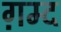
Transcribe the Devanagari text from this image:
ग़म्द